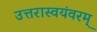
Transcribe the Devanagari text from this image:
उत्तरास्वयंवरम्